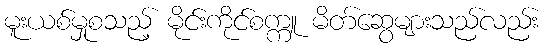
မူးယစ်မှုစသည့် မိုင်းကိုင်စက္ကူ မိတ်ဆွေများသည်လည်း